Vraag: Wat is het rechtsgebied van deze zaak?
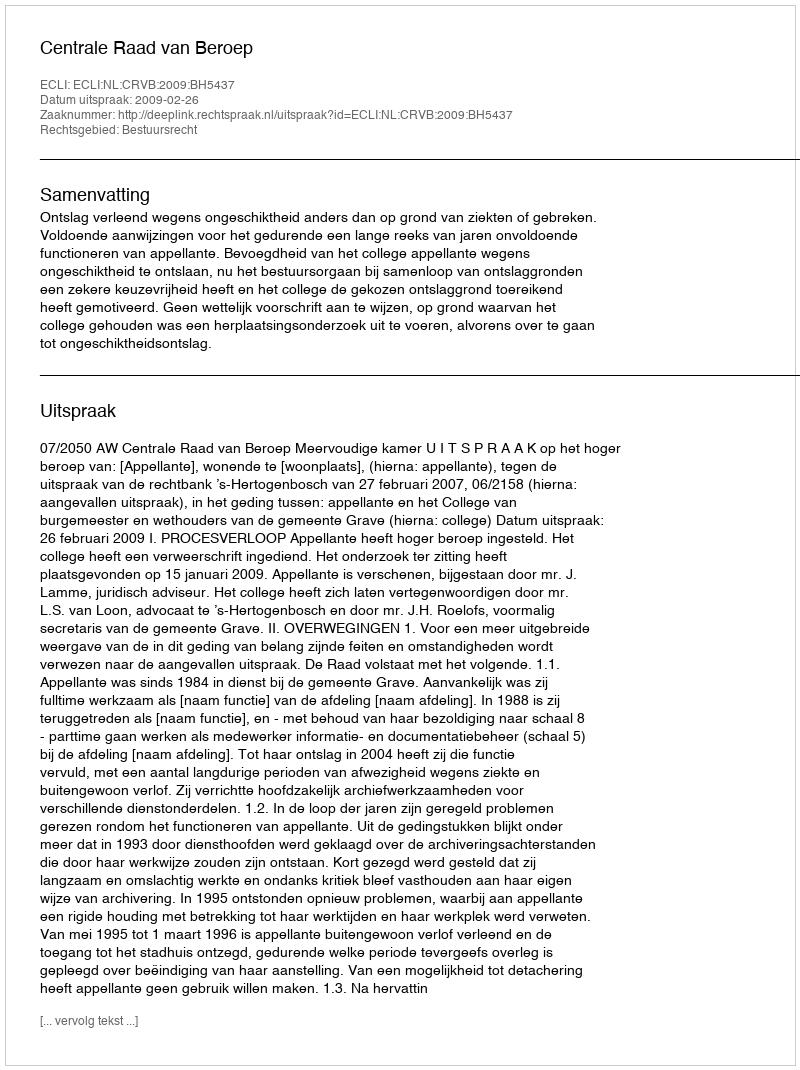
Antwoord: Bestuursrecht